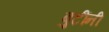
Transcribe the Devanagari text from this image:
बुटींनी